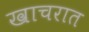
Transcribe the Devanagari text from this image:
खाचरात